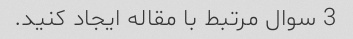
3 سوال مرتبط با مقاله ایجاد کنید.